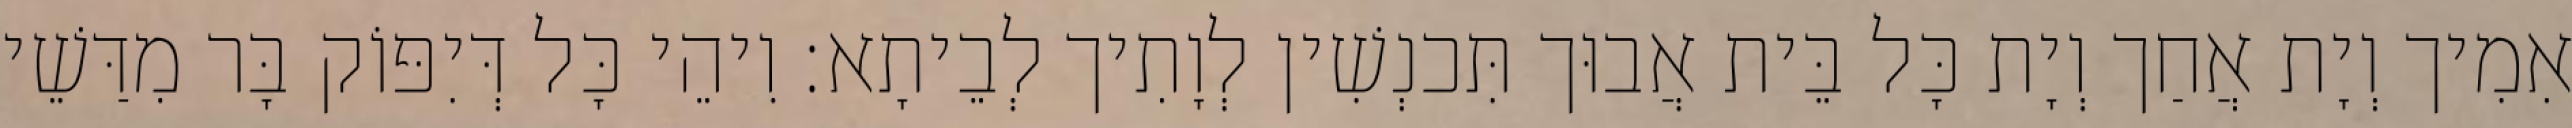
אִמִיך וְיָת אֲחַך וְיָת כָּל בֵּית אֲבוּך תִּכנְשִׁין לְוָתִיך לְבֵיתָא׃ וִיהֵי כָּל דְּיִפּוֹק בָּר מִדַּשֵׁי